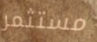
مستثمر